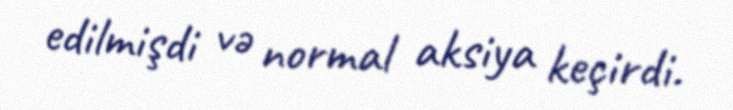
edilmişdi və normal aksiya keçirdi.